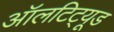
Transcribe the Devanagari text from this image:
ऑलटिट्यूड